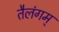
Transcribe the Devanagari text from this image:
तैलंगम्